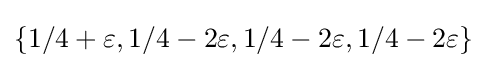
\{1/4+\varepsilon ,1/4-2\varepsilon ,1/4-2\varepsilon ,1/4-2\varepsilon \}